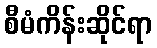
စီမံကိန်းဆိုင်ရာ